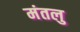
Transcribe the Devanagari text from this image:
मंतलु